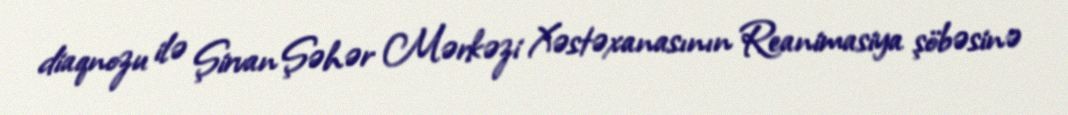
diaqnozu ilə Şirvan Şəhər Mərkəzi Xəstəxanasının Reanimasiya şöbəsinə